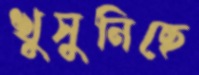
খুসুনিছে